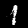
Label: 1